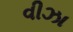
વીઝા